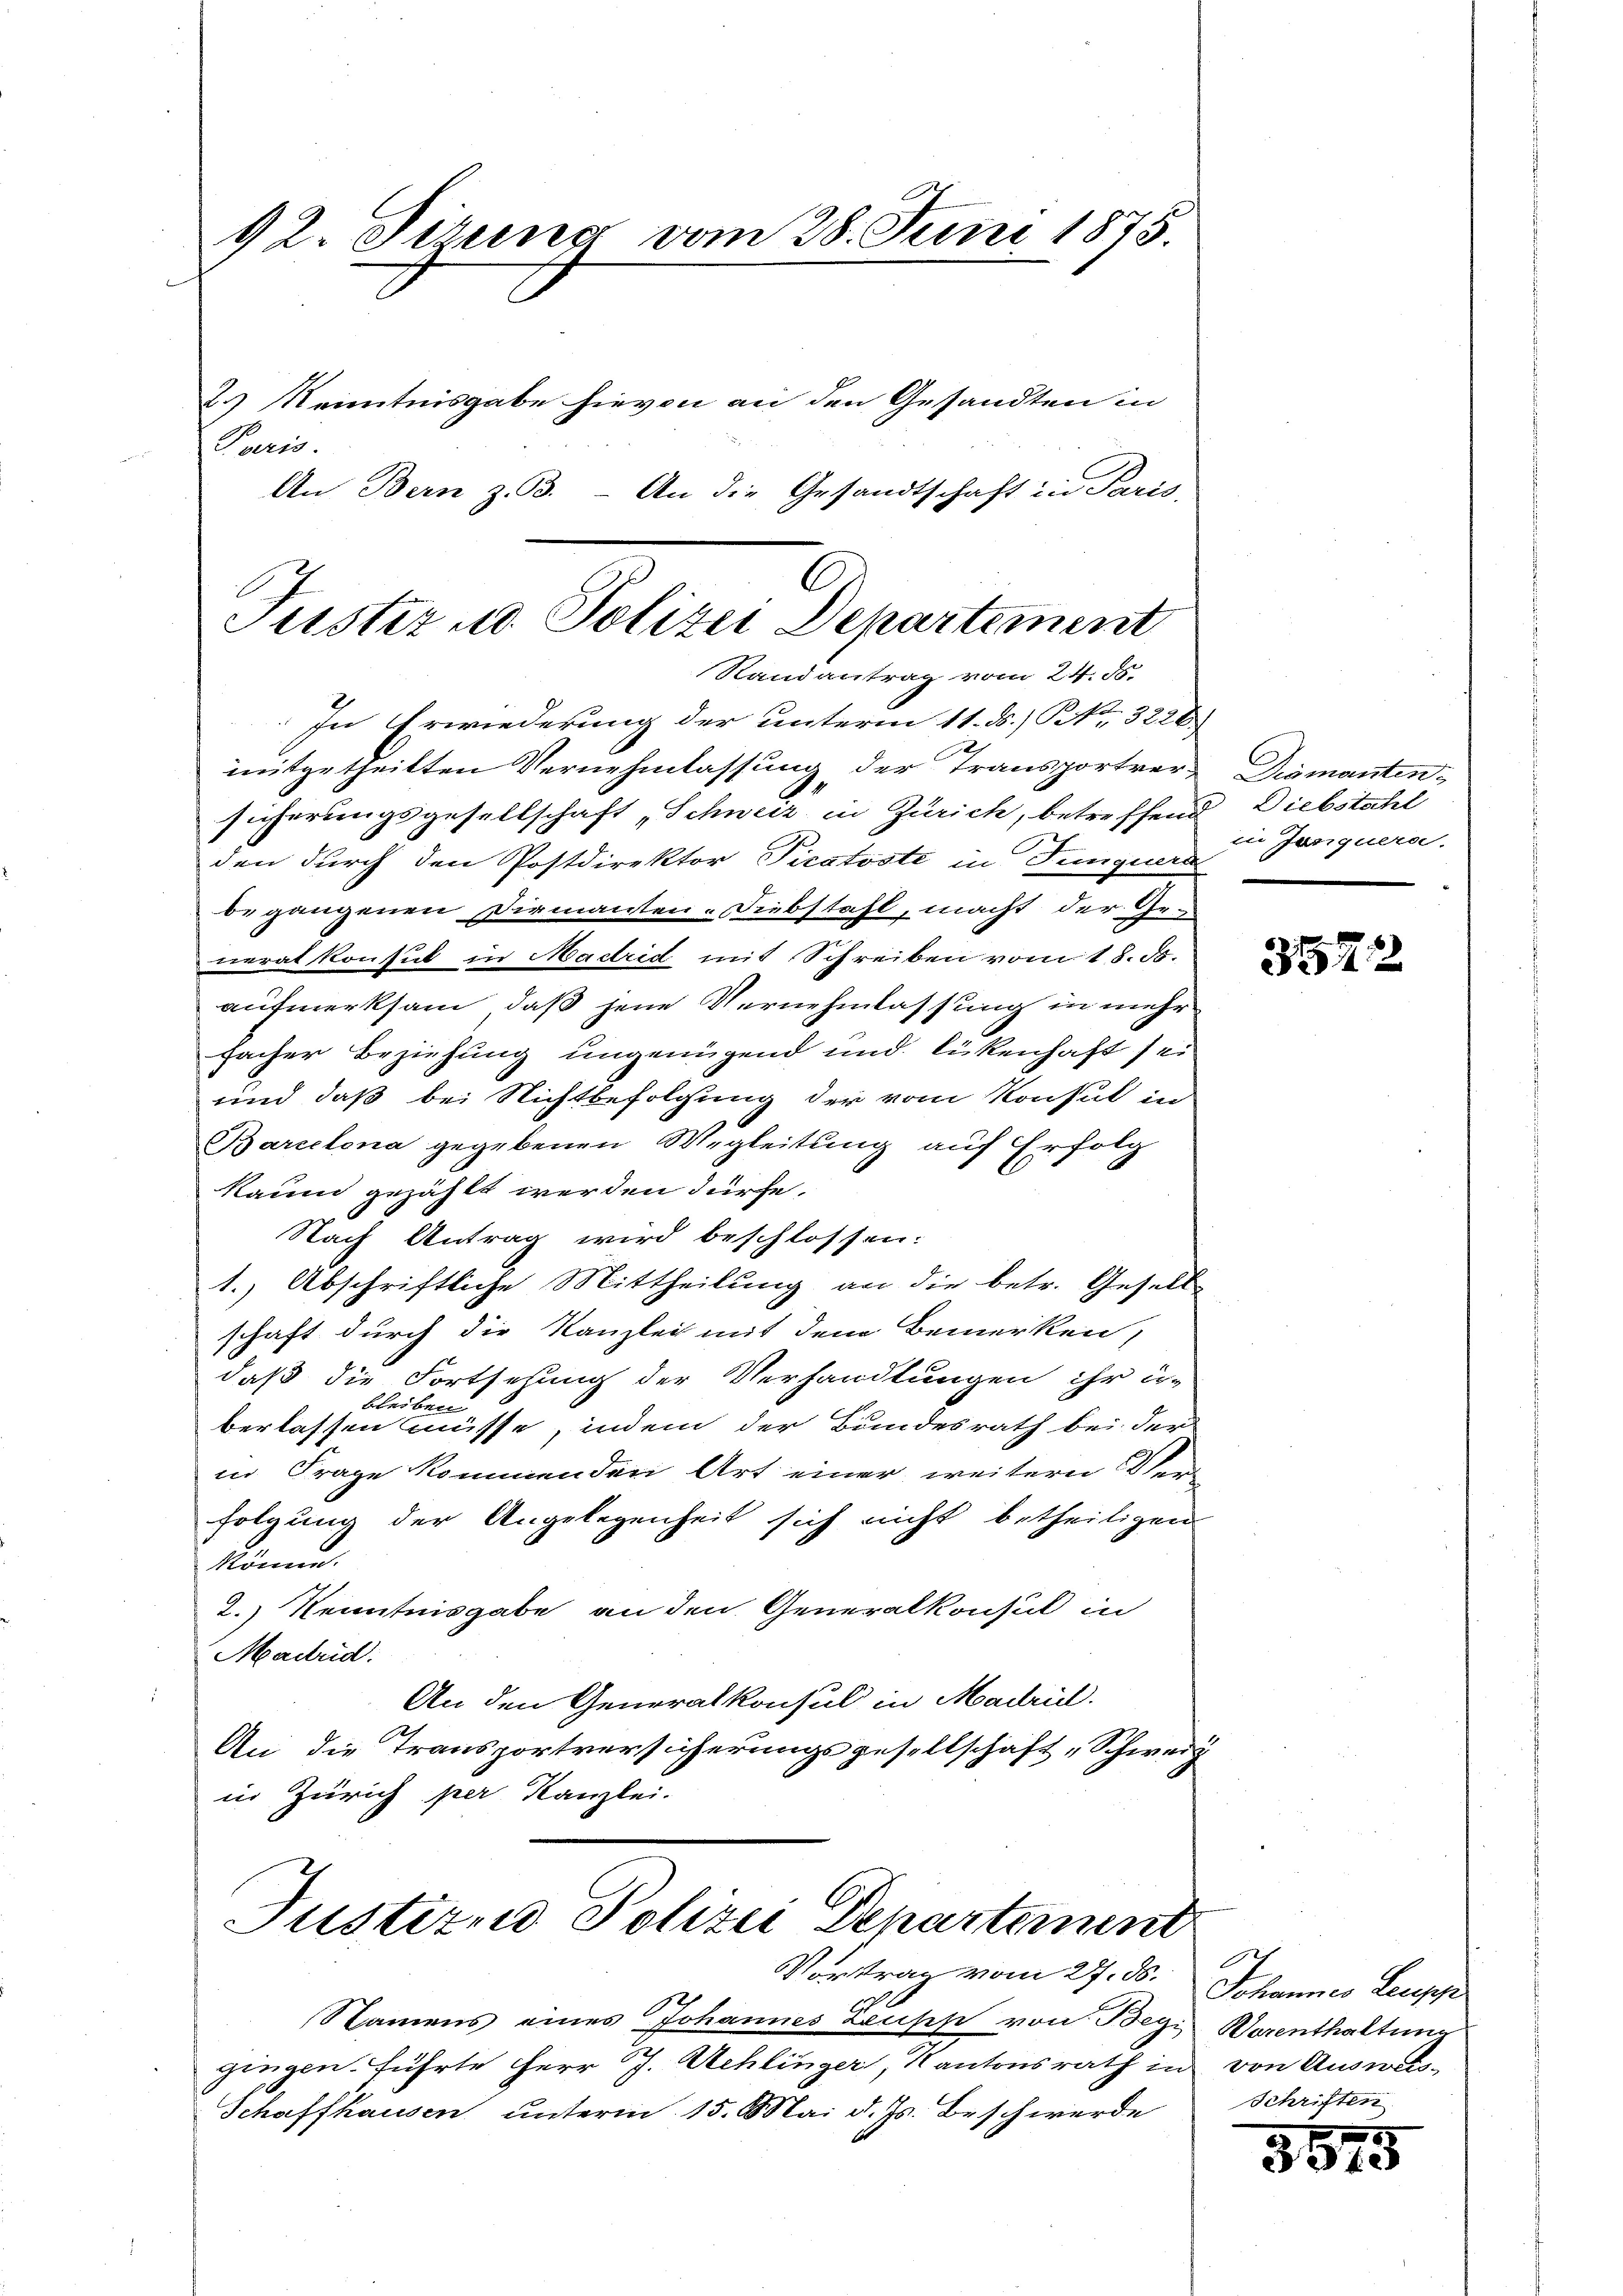
92. Tizung vom 28. Juni 1875.
2.) Kenntnisgabe hievon an den Gesandten in
Paris.
An Bern z. B. - An die Gesandtschaft in Paris,

Justiz u. Polizei Departement
Randantrag vom 24. 88.
In Erwiederung der unterm 11. ds.) No 3228

neitgetheilten Vernehmlassung der Transportver-
sicherungsgesellschaft „Schweiz in Zürich, betreffend Diebstahl
den durch den Postdirektor Piratsste in Junguers
begangenen Diemanten- Diebstahl, macht der Generalkonsul in Madrid mit Schreiben vom 18. ds.
aufmerksam, daß jene Vernehmlassung in mehr
facher Beziehung ungenügend und lückenhaft sei
und daß bei Nichtbefolgung der vom Konsul in
Barcelona gegebenen Wegleitung auf Erfolg
kaum gezählt werden dürfe,
Nach Antrag wird beschlossen:
1.) Abschriftliche Mittheilung an die betr. Gesell-
schaft durch die Kanzlei mit dem Bemerken,
daß die Fortsehung der Verhandlungen ihr er-
bleiben
berlassen müsse, indem der Bundesrath bei der
in Frage kommenden Art einer weitern Verfolgung der Angelegenheit sich nicht betheiligen
könne.
2.) Kenntnisgabe an den Generalkonsul in
Madrid.
An den Generalkonsul in Madril.
An die Transportversicherungsgesellschaft „Schweiz
in Zürich per Kanzlei.

Justiren Polizei Departement
Vortrag vom 27. ds.

Namens eines Johannes Leuss von Begi
gingen. führte Herr J. Schlinger, Kantonsrath in
Schaffhausen unterm 15. Mai d. Js. Beschwerde

Diamanten.
in Junquera.

35712

Johannes Lecopp
Warenthaltung
von Ausweis
Schriften

3675